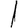
Digit: 1